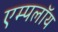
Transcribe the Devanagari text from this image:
एम्पलॉय